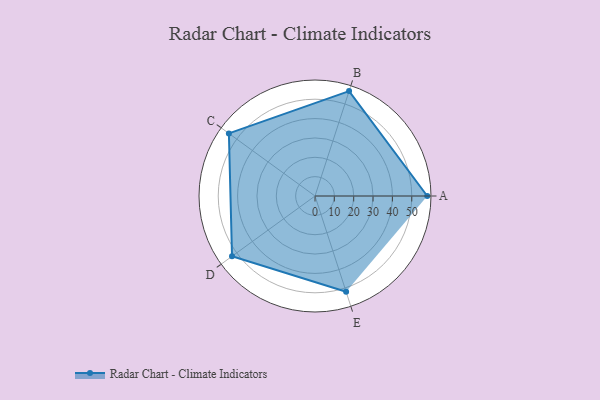
{"axis": {"x": "Skill", "y": "Score"}, "legend": ["Profile"], "data": [{"x": "A", "y": 58.0, "type": "Profile"}, {"x": "B", "y": 57.0, "type": "Profile"}, {"x": "C", "y": 55.0, "type": "Profile"}, {"x": "D", "y": 53.0, "type": "Profile"}, {"x": "E", "y": 52.0, "type": "Profile"}]}